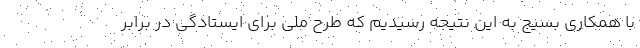
با همکاری بسیج به این نتیجه رسیدیم که طرح ملی برای ایستادگی در برابر